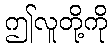
ဤလူတို့ကို